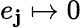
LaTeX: e_{\mathbf{j}}\mapsto0